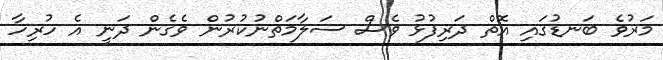
މަރުވެ ބަނޑުގައި އޮތް ދަރިފުޅު ވެސް ސަލާމަތްނުކުރުން ވެގެން ދަނީ އެ ހުރިހާ